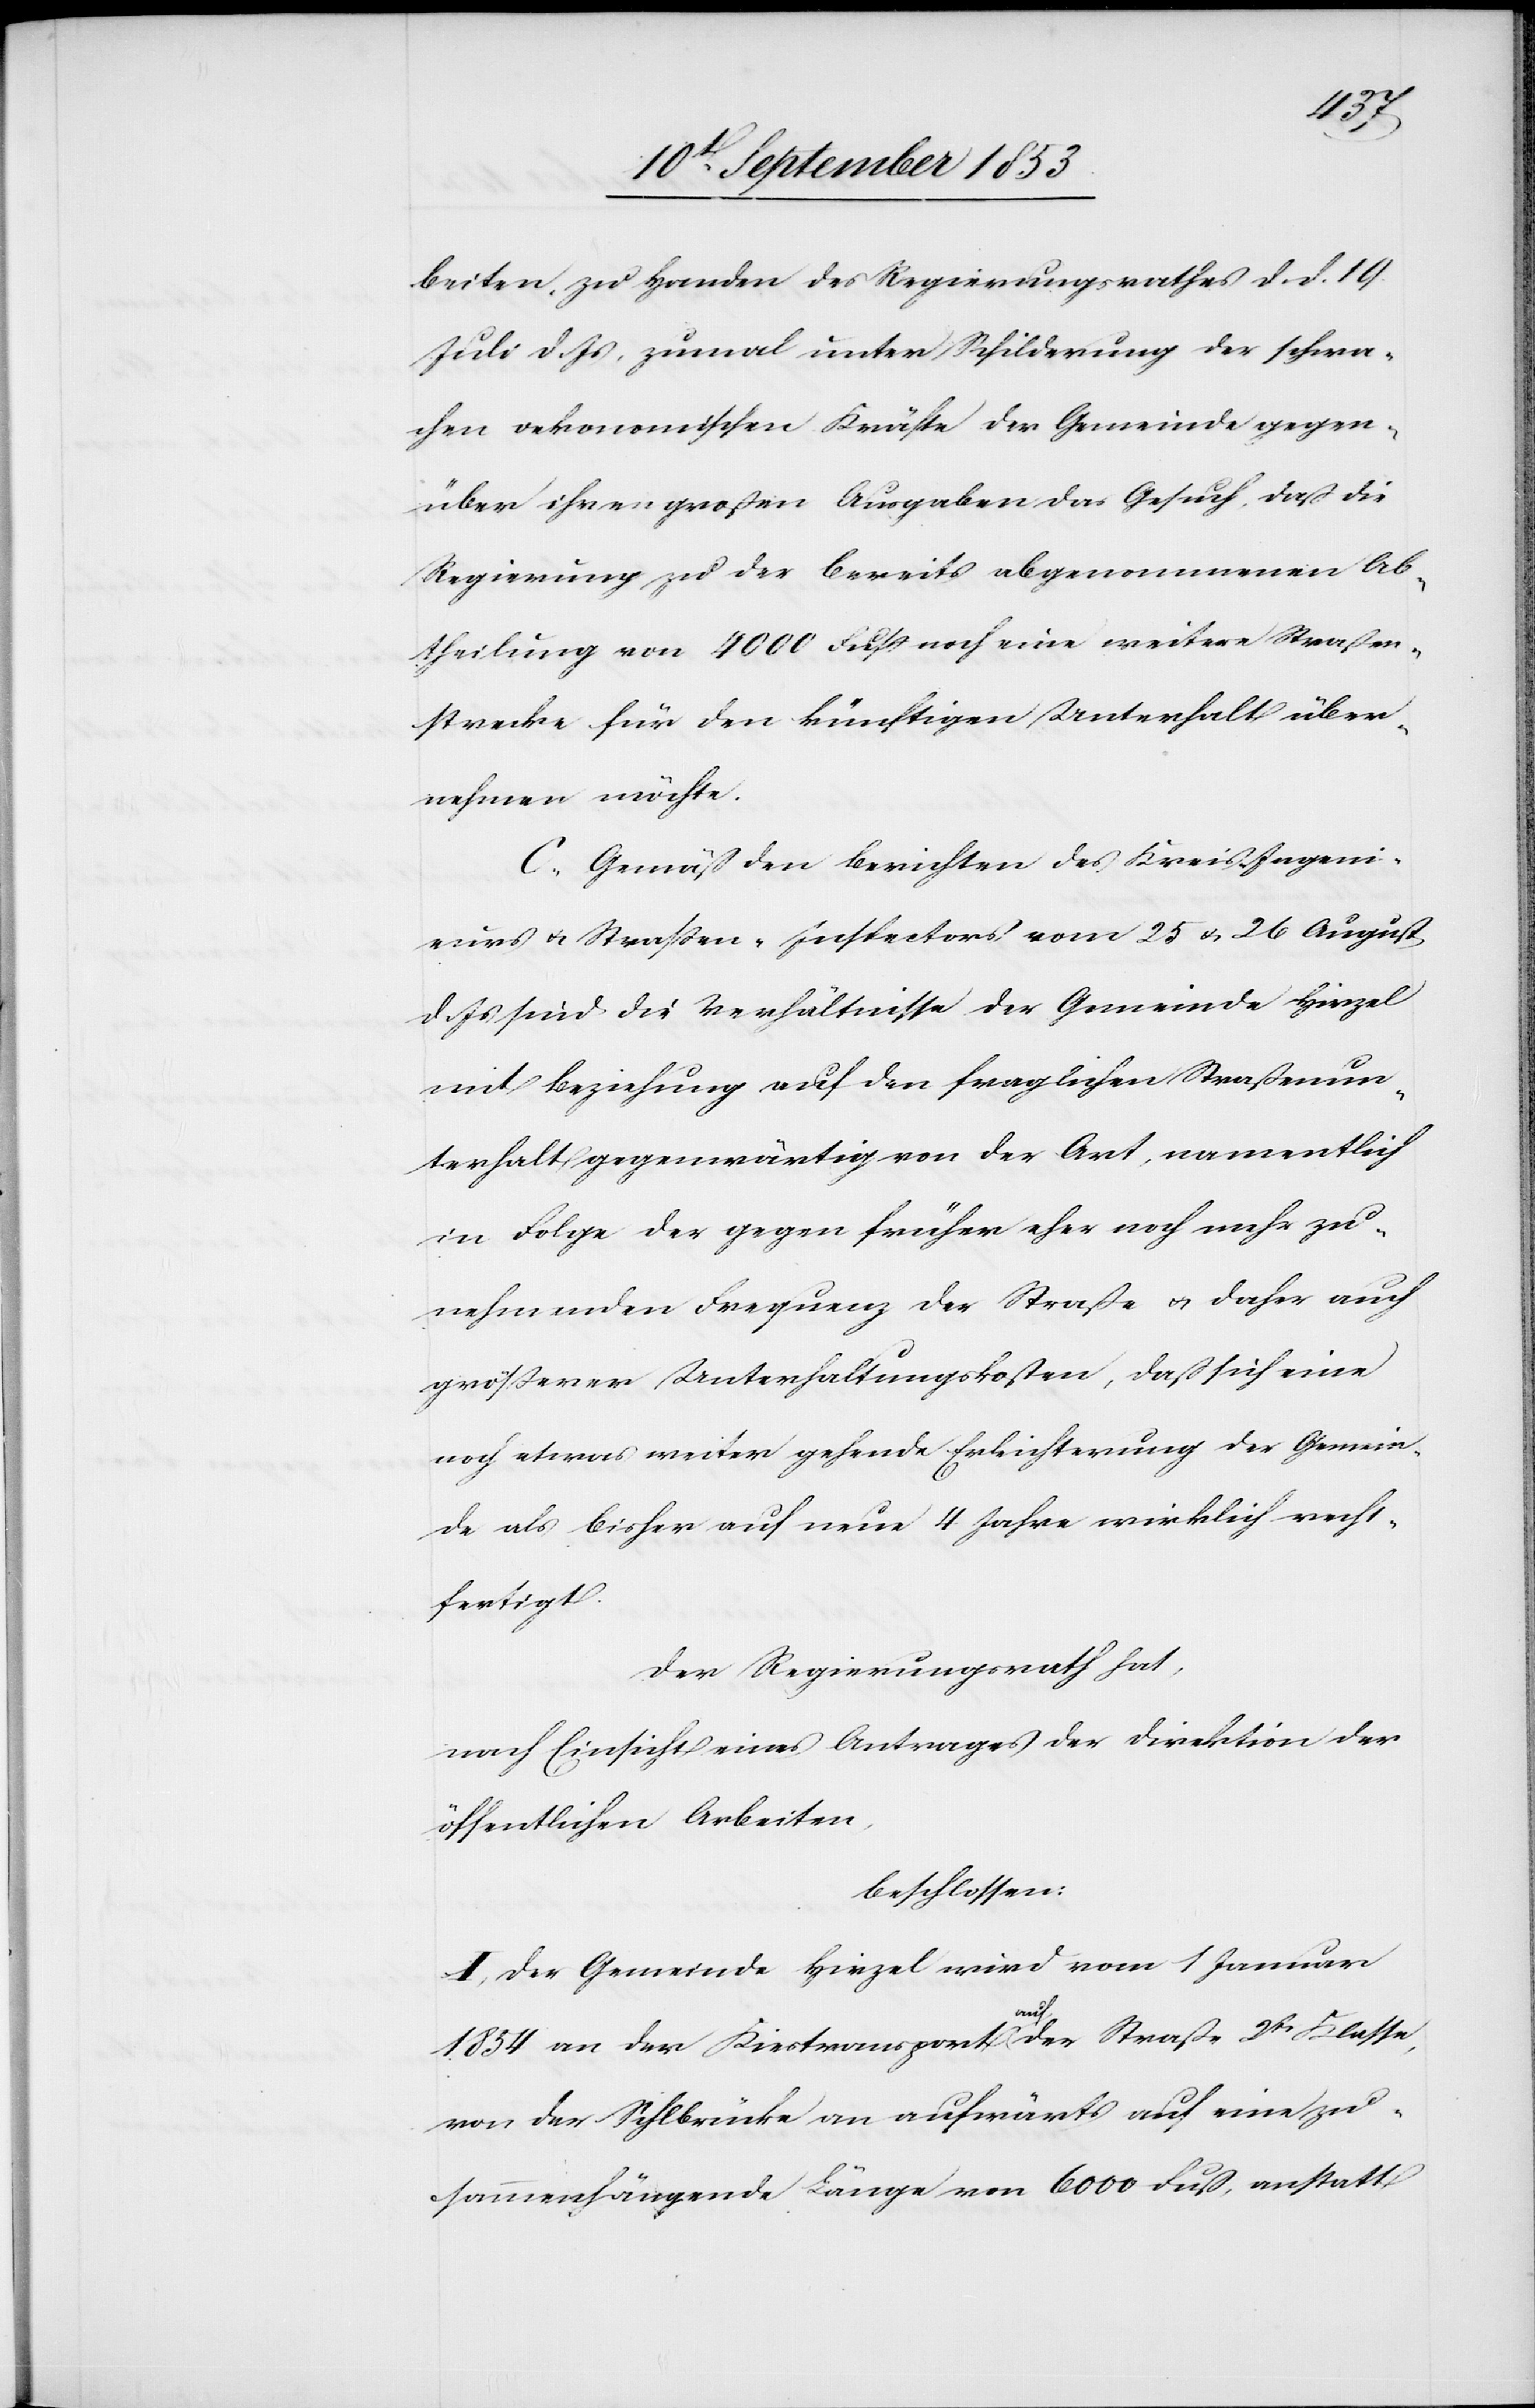
beiten, zu Handen des Regierungsrathes d. d. 19
Juli d. Js., zumal unter Schilderung der schwa¬
chen oekonomischen Kräfte der Gemeinde gegen¬
über ihren großen Ausgaben das Gesuch, daß die
Regierung zu der bereits abgenommenen Ab¬
theilung von 4000 Fuß noch eine weitere Straßen¬
strecke für den künftigen Unterhalt über¬
nehmen möchte.
C. Gemäß den Berichten des Kreis-Ingeni¬
eurs u. Straßen-Inspectors vom 25 u. 26 August
d. Js. sind die Verhältnisse der Gemeinde Hirzel
mit Beziehung auf den fraglichen Straßenun¬
terhalt gegenwärtig von der Art, namentlich
in Folge der gegen früher eher noch mehr zu¬
nehmenden Frequenz der Straße u. daher auch
größerer Unterhaltungskosten, daß sich eine
noch etwas weiter gehende Erleichterung der Gemein¬
de als bisher auf neu 4 Jahre wirklich recht¬
fertigt.
Der Regierungsrath hat,
nach Einsicht eines Antrages der Direktion der
öffentlichen Arbeiten,
beschlossen:
I. Der Gemeinde Hirzel wird vom 1 Januar
1854 an der Kiestransport auf der Straße 2tr Klasse,
von der Sihlbrücke an aufwärts auf eine zu¬
sammenhängende Länge von 6000 Fuß, anstatt